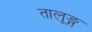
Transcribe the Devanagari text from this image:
तालूङ्ग